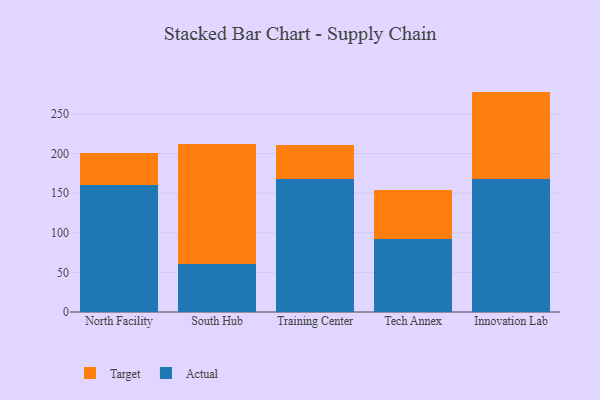
{"axis": {"x": "Campus", "y": "Satisfaction Score"}, "legend": ["Actual", "Target"], "data": [{"x": "North Facility", "y": 160.3, "type": "Actual"}, {"x": "North Facility", "y": 39.8, "type": "Target"}, {"x": "South Hub", "y": 61.0, "type": "Actual"}, {"x": "South Hub", "y": 151.4, "type": "Target"}, {"x": "Training Center", "y": 167.4, "type": "Actual"}, {"x": "Training Center", "y": 42.8, "type": "Target"}, {"x": "Tech Annex", "y": 91.7, "type": "Actual"}, {"x": "Tech Annex", "y": 62.5, "type": "Target"}, {"x": "Innovation Lab", "y": 168.1, "type": "Actual"}, {"x": "Innovation Lab", "y": 110.0, "type": "Target"}]}